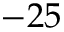
- 2 5